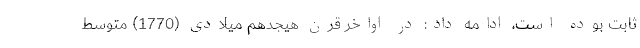
ثابت بوده است، ادامه داد: در اواخر قرن هیجدهم میلادی (1770) متوسط